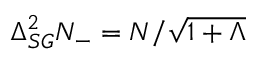
\Delta _ { S G } ^ { 2 } N _ { - } = N / \sqrt { 1 + \Lambda }